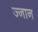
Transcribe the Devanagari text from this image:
ज्नान